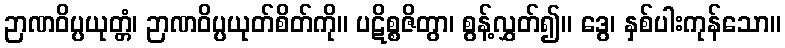
ဉာဏဝိပ္ပယုတ္တံ၊ ဉာဏဝိပ္ပယုတ်စိတ်ကို။ ပဋိစ္စဇိတွာ၊ စွန့်လွှတ်၍။ ဒွေ၊ နှစ်ပါးကုန်သော။